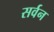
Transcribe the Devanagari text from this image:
सर्वन